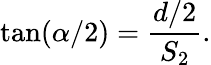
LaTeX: \tan(\alpha/2)={\frac{d/2}{S_{2}}}.